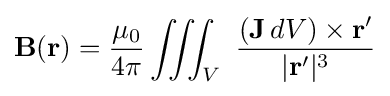
\mathbf {B} (\mathbf {r} )={\frac {\mu _{0}}{4\pi }}\iiint _{V}\ {\frac {(\mathbf {J} \,dV)\times \mathbf {r} '}{|\mathbf {r} '|^{3}}}